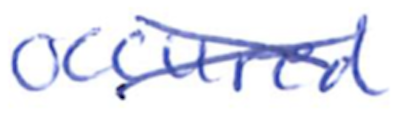
Text: occurred
Cross-out: mix
Writing tool: ballpoint